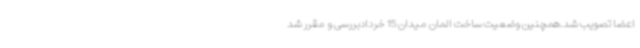
اعضا تصویب شد.همچنین وضعیت ساخت المان میدان 15 خردادبررسی و مقرر شد